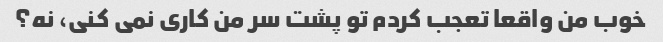
خوب من واقعا تعجب کردم تو پشت سر من کاری نمی کنی، نه؟